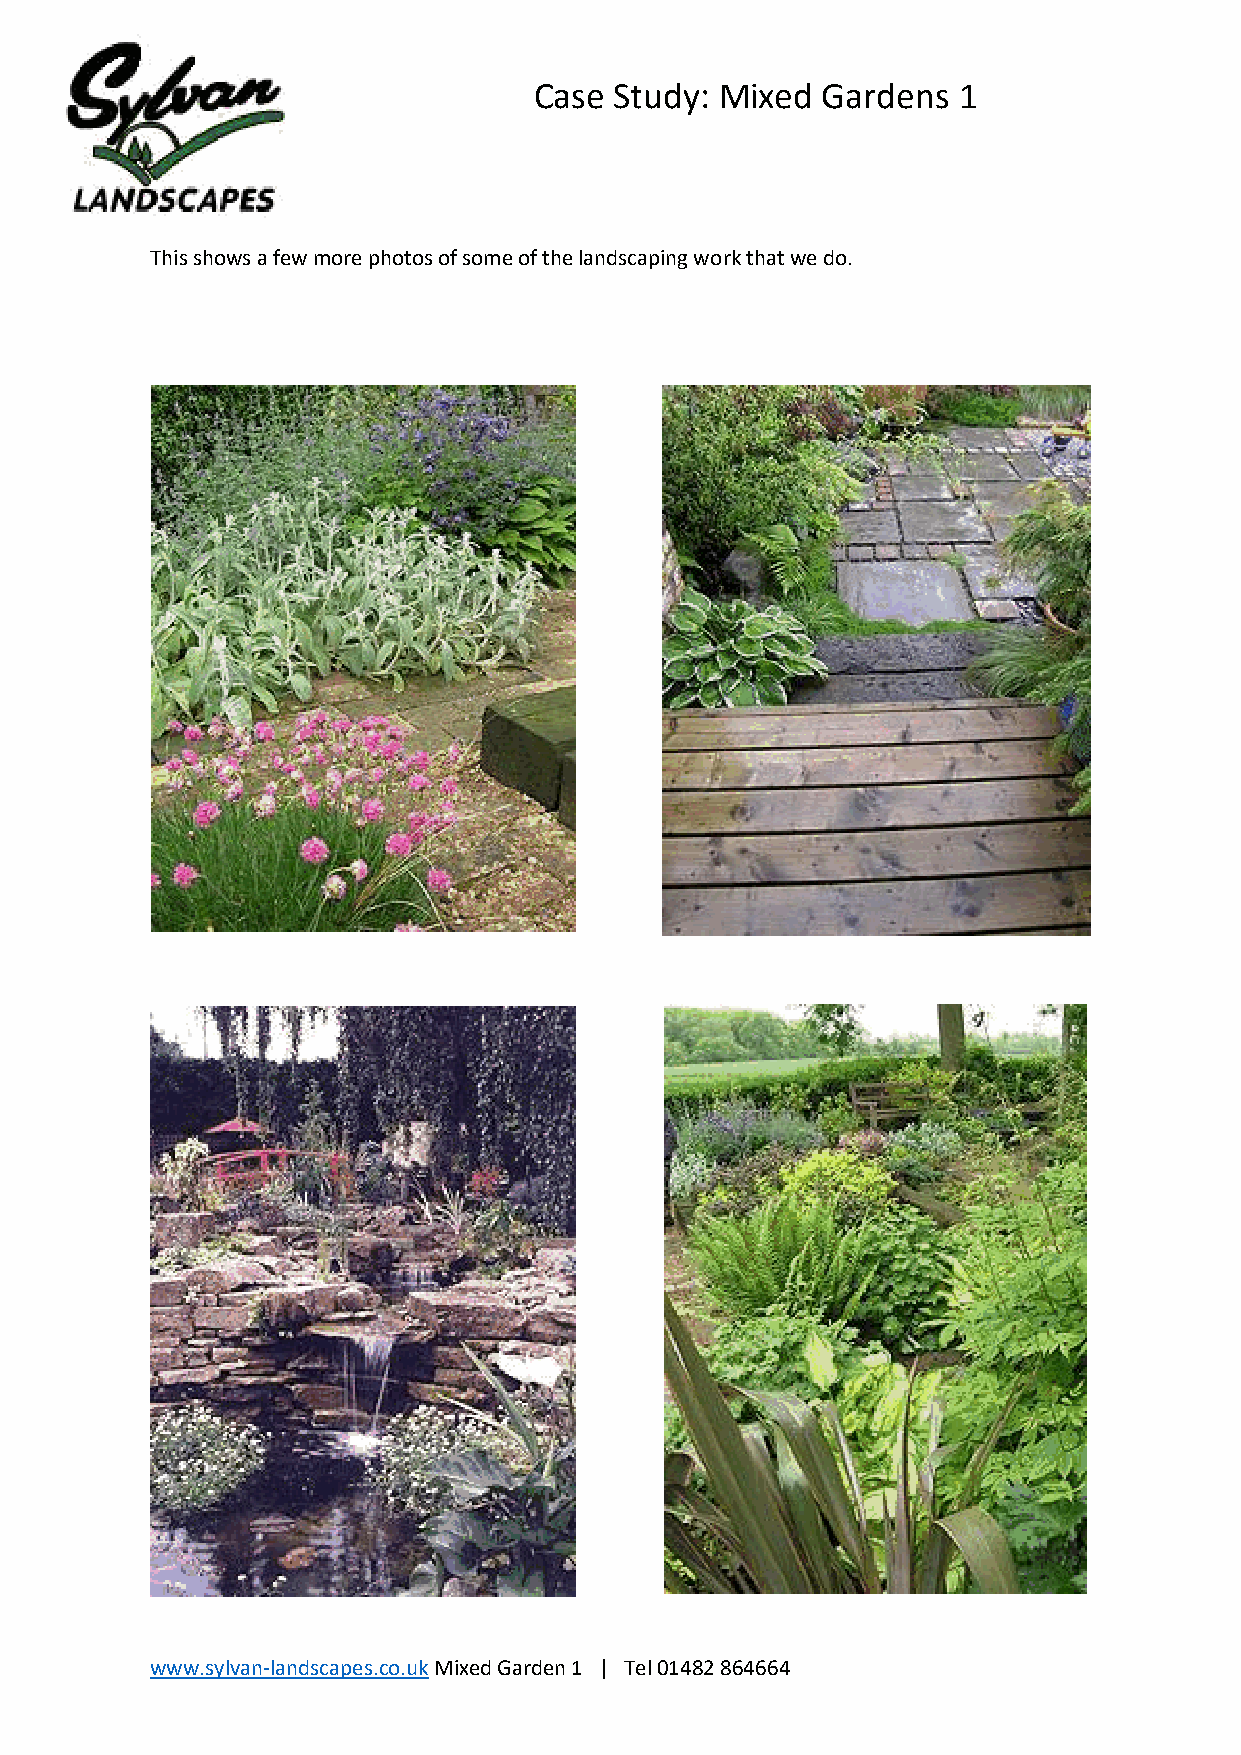
Case  Study: Mixed Gardens  1
 This shows a few more photos of some of the landscaping work that we do.
 www.sylvan-landscapes.co.uk Mixed Garden 1 | Tel 01482 864664